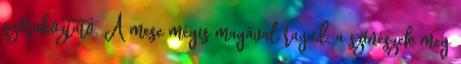
szórakoztató. A mese mégis magával ragad, a színészek meg